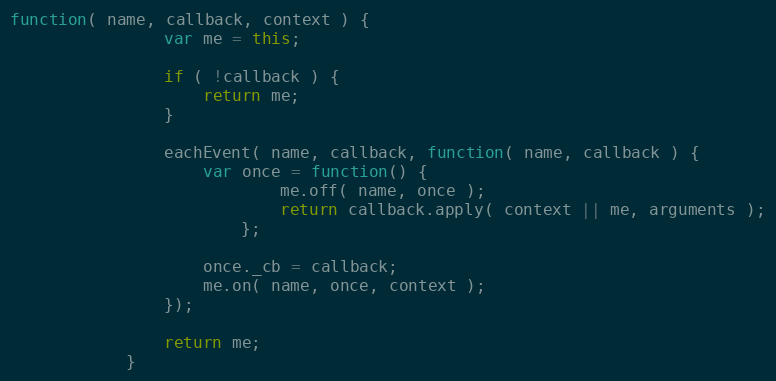
Language: JavaScript
function( name, callback, context ) {
                var me = this;

                if ( !callback ) {
                    return me;
                }

                eachEvent( name, callback, function( name, callback ) {
                    var once = function() {
                            me.off( name, once );
                            return callback.apply( context || me, arguments );
                        };

                    once._cb = callback;
                    me.on( name, once, context );
                });

                return me;
            }